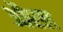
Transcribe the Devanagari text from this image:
औरल